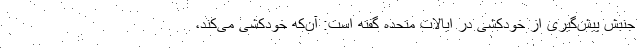
جنبش پیش‌گیری از خودکشی در ایالات متحده گفته است: آن‌که خودکشی می‌کند،